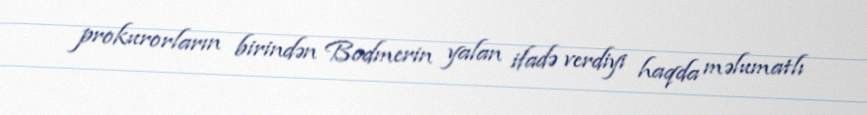
prokurorların birindən Bodmerin yalan ifadə verdiyi haqda məlumatlı